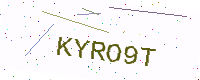
Text: KYRO9T